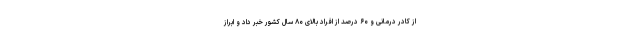
از کادر درمانی و ۶۰ درصد از افراد بالای ۸۰ سال کشور خبر داد و ابراز